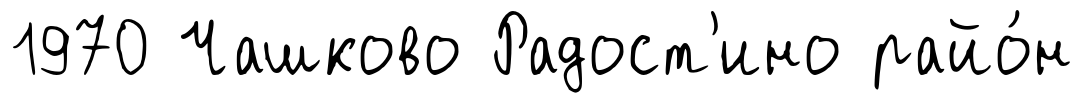
1970 Чашково Радост'ино райо́н